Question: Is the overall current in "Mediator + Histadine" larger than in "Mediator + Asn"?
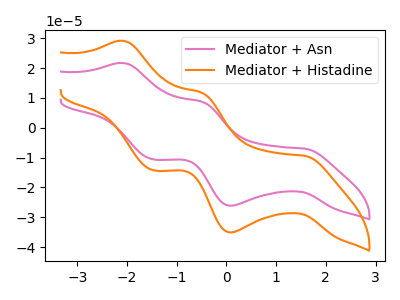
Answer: <think>The pink curve "Mediator + Asn" has anodic peaks at (-2.10V, 21.70uA) (-0.50V, 8.70uA) and cathodic peaks at (1.60V, -7.05uA) (0.10V, -26.10uA) (-1.45V, -10.60uA). The orange curve "Mediator + Histadine" has anodic peaks at (-2.10V, 29.10uA) (-0.50V, 11.70uA) and cathodic peaks at (1.60V, -9.45uA) (0.10V, -35.05uA) (-1.45V, -14.25uA).
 All the peaks in "Mediator + Histadine" have a peak in "Mediator + Asn" at the same potential. Every peak in "Mediator + Histadine" is higher than every peak in "Mediator + Asn".</think>
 <answer>"Mediator + Histadine" has more signal than "Mediator + Asn".</answer>
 <eval>more_signal</eval>